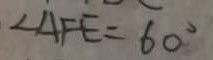
\angle A F E = 6 0 ^ { \circ }